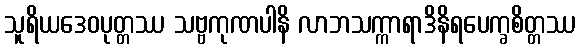
သူရိယဒေဝပုတ္တဿ သဗ္ဗကုဏပါနိ လာဘသက္ကာရာဒိနိရပေက္ခစိတ္တဿ